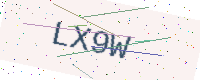
Text: LX9W